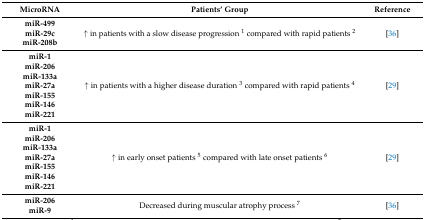
<table><thead><tr><td><b>MicroRNA</b></td><td><b>Patients’ Group</b></td><td><b>Reference</b></td></tr></thead><tbody><tr><td><b>miR-499</b></td><td rowspan="3">↑ in patients with a slow disease progression <sup>1</sup> compared with rapid patients <sup>2</sup></td><td rowspan="3">[36]</td></tr><tr><td><b>miR-29c</b></td></tr><tr><td><b>miR-208b</b></td></tr><tr><td><b>miR-1</b></td><td rowspan="7">↑ in patients with a higher disease duration <sup>3</sup> compared with rapid patients <sup>4</sup></td><td rowspan="7">[29]</td></tr><tr><td><b>miR-206</b></td></tr><tr><td><b>miR-133a</b></td></tr><tr><td><b>miR-27a</b></td></tr><tr><td><b>miR-155</b></td></tr><tr><td><b>miR-146</b></td></tr><tr><td><b>miR-221</b></td></tr><tr><td><b>miR-1</b></td><td rowspan="7">↑ in early onset patients <sup>5</sup> compared with late onset patients <sup>6</sup></td><td rowspan="7">[29]</td></tr><tr><td><b>miR-206</b></td></tr><tr><td><b>miR-133a</b></td></tr><tr><td><b>miR-27a</b></td></tr><tr><td><b>miR-155</b></td></tr><tr><td><b>miR-146</b></td></tr><tr><td><b>miR-221</b></td></tr><tr><td><b>miR-206</b></td><td rowspan="2">Decreased during muscular atrophy process <sup>7</sup></td><td rowspan="2">[36]</td></tr><tr><td><b>miR-9</b></td></tr></tbody></table>